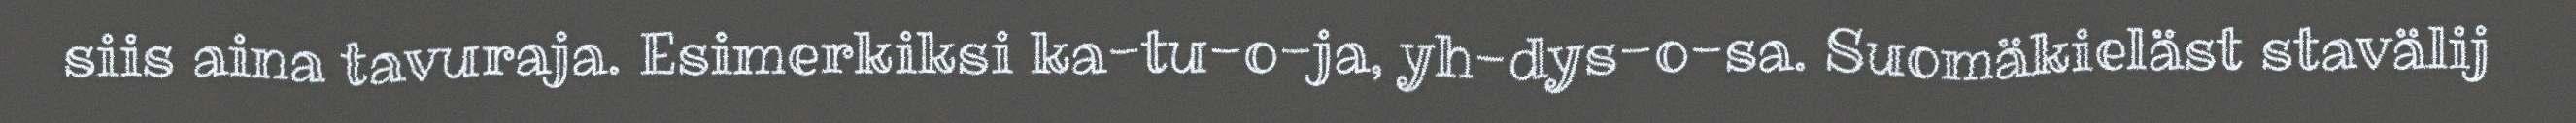
siis aina tavuraja. Esimerkiksi ka-tu-o-ja, yh-dys-o-sa. Suomäkieläst stavälij